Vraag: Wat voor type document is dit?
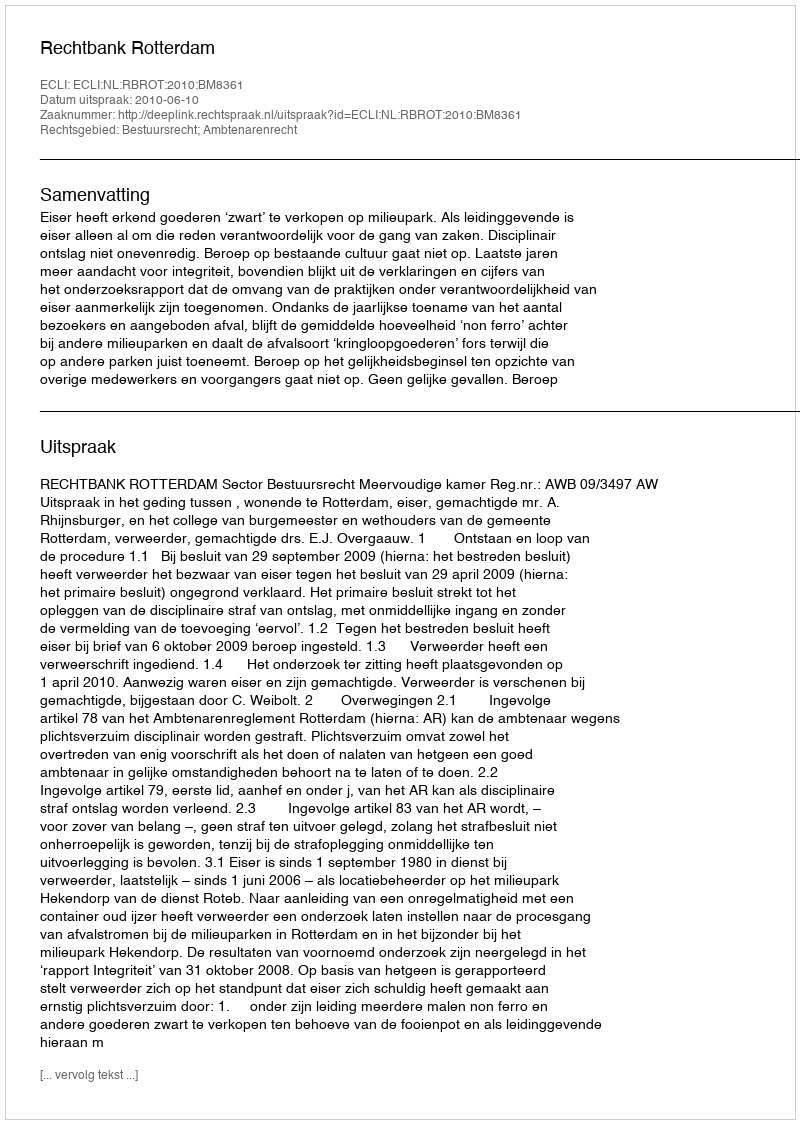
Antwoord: Uitspraak